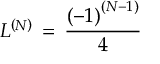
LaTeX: L ^ { \left( N \right) } \, = \, \frac { \left( - 1 \right) ^ { \left( N - 1 \right) } } { 4 }